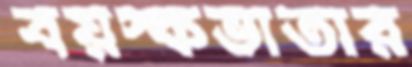
বয়স্কভাতার